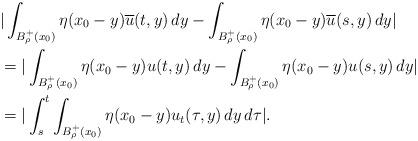
LaTeX: \begin{align*}&|\int_{B^+_\rho(x_0)}\eta(x_0-y)\overline{u}(t,y)\,dy-\int_{B^+_\rho(x_0)}\eta(x_0-y)\overline{u}(s,y)\,dy|\\&=|\int_{B^+_\rho(x_0)}\eta(x_0-y)u(t,y)\,dy-\int_{B^+_\rho(x_0)}\eta(x_0-y)u(s,y)\,dy|\\&=|\int_s^t \int_{B^+_\rho(x_0)}\eta(x_0-y)u_t(\tau,y)\,dy\,d\tau|.\end{align*}